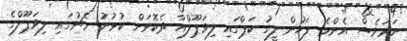
ނަމަވެސް އެންމެ ފަހުން ލީގު ކަޕްގައި ލިވަޕޫލްއާ ދެކޮޅަށް ކުޅުނު މެޗުގައި ލިވަޕޫލްގެ